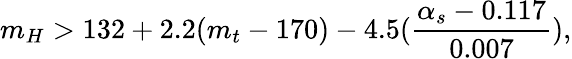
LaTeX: m_{H}>132+2.2(m_{t}-170)-4.5(\frac{\alpha_{s}-0.117}{0.007}),